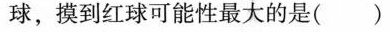
球，摸到红球可能性最大的是( )